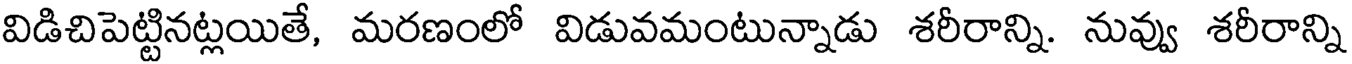
విడిచిపెట్టినట్లయితే, మరణంలో విడువమంటున్నాడు శరీరాన్ని. నువ్వు శరీరాన్ని